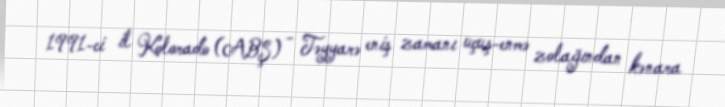
1991-ci il Kolorado (ABŞ) - Təyyarə eniş zamanı uçuş-enmə zolağından kənara